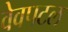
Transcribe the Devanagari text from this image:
वेवपटल